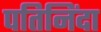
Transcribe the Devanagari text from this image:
पतिनिंदा